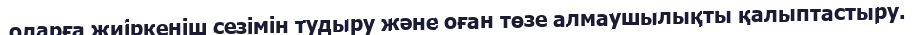
оларға жиіркеніш сезімін тудыру және оған төзе алмаушылықты қалыптастыру.